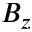
B _ { z }